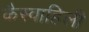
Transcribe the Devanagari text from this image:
कैस्वाहिली